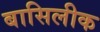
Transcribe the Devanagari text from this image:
बासिलीक